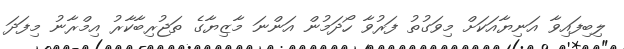
ލިބިފައިވާ އަނިޔާއަކަށް މިވަގުތު ފަރުވާ ހޯދަމުން އަންނަ މާޒިޔާގެ ތަޖުރިބާކާރު އިމްރާނު މިފަދަ